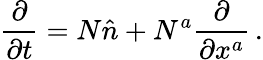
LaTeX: \frac{\partial}{\partial t}=N\hat{n}+N^{a}\frac{\partial}{\partial x^{a}}\, .